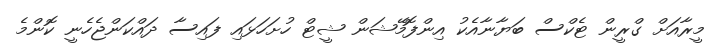
މީރާއަށް ގްރީން ޓެކްސް ބަޔާނާއެކު އިންފޮމޭޝަން ޝީޓް ހުށަހަޅައި ފައިސާ ދައްކަންޖެހެނީ ކޮންމެ